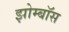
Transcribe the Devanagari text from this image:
झोम्बॉस